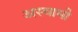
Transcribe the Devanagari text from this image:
अस्वामी